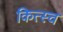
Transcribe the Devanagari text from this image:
कित्स्च